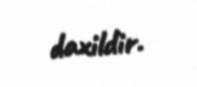
daxildir.